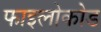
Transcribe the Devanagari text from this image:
फाइलोकोड